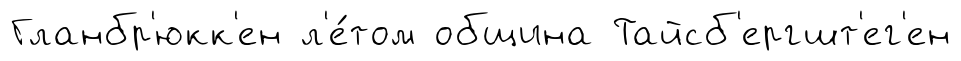
Гланбр'юкк'ен л'е́том община Тайсб'ергшт'ег'ен